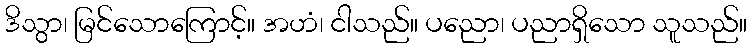
ဒိသွာ၊ မြင်သောကြောင့်။ အဟံ၊ ငါသည်။ ပညော၊ ပညာရှိသော သူသည်။